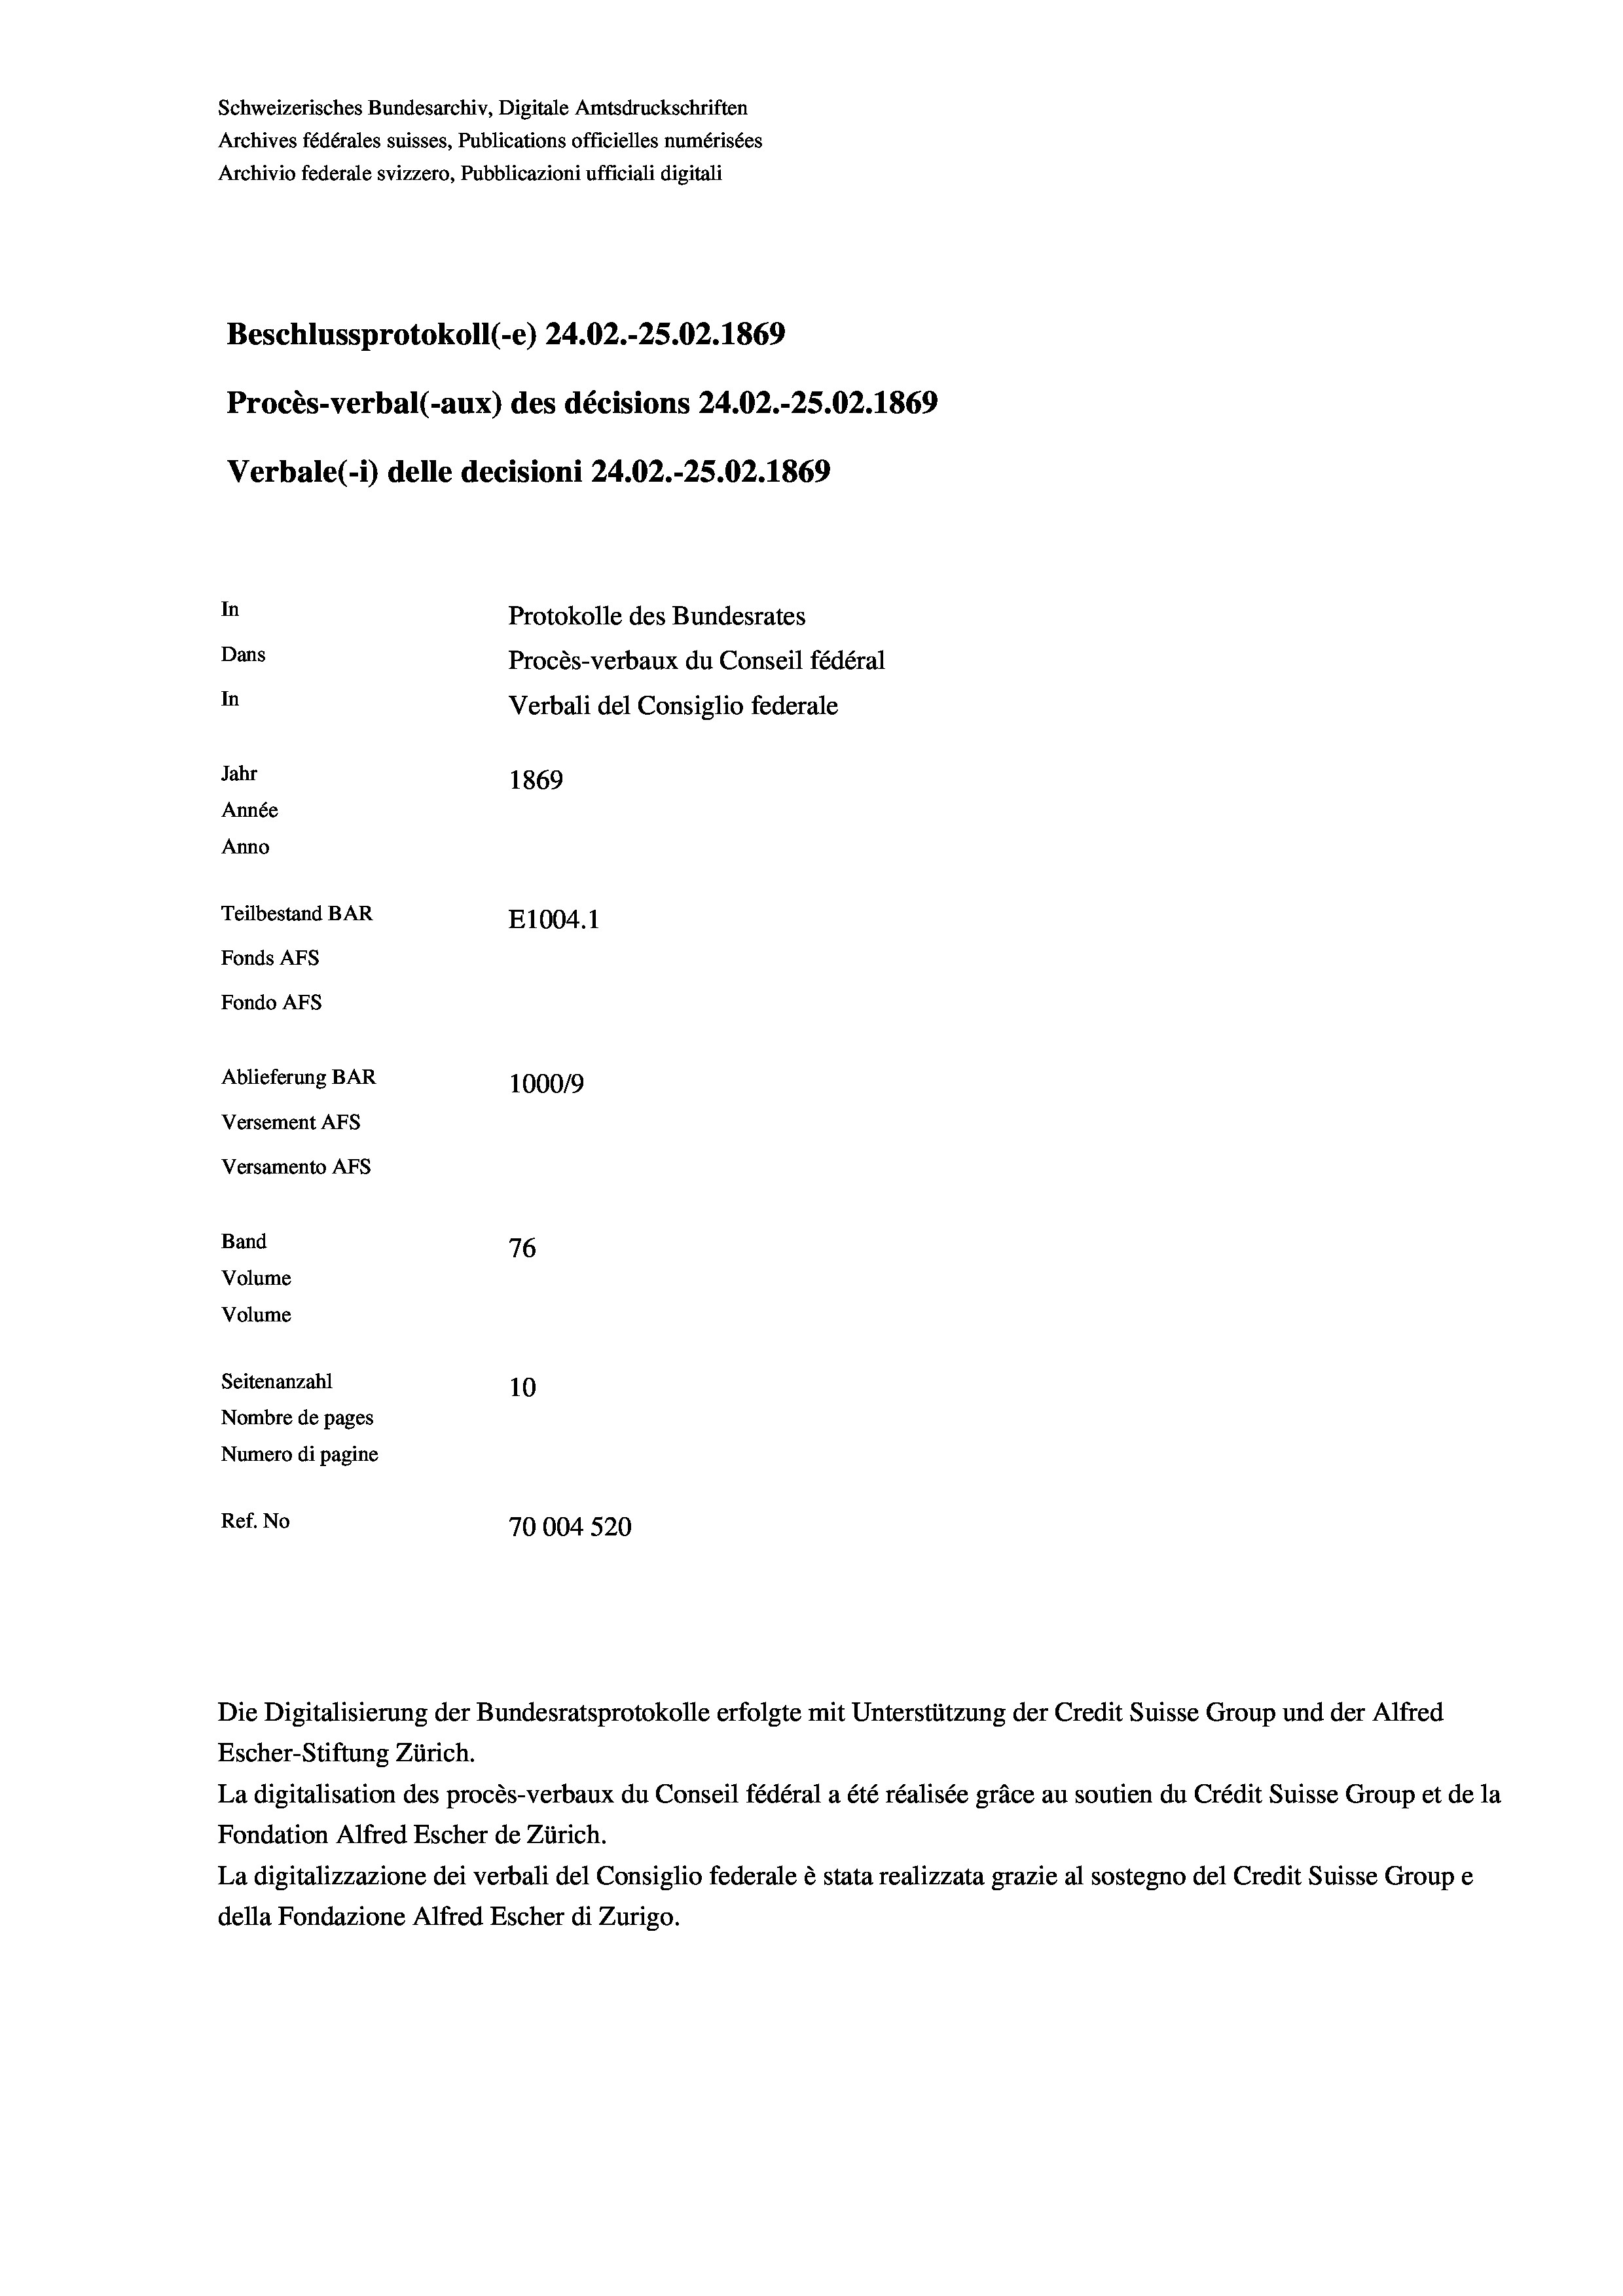
Schweizerisches Bundesarchiv, Digitale Amtsdruckschriften
Archives fédérales suisses, Publications officielles numérisées
Archivio federale svizzero, Pubblicazioni ufficiali digitali
Beschlussprotokoll (-e) 24.02.-25.02. 1869
Procès-verbal (-aux) des décisions 24.02.-25.02. 1869
Verbale (i) delle decisioni 24.02.-25.02. 1869
In
Protokolle des Bundesrates
Dans
Procès-verbaux du Conseil fédéral
In
Verbali del Consiglio federale
Jahr
1869
Année
Anno
Teilbestand BAR
E1004.1
Fonds AFs
Fondo AFS
Ablieferung BAR
100019
Versement AFs
Versamento AFs

76
Seitenanzahl
10
Nombre de pages
Numero di pagine
Ref. No
70004 520

Band
Volume

Volume

Die Digitalisierung der Bundesratsprotokolle erfolgte mit Unterstützung der Credit Suisse Group und der Alfred
Escher-Stiftung Zürich.
La digitalisation des procès-verbaux du Conseil fédéral a été réalisée gräce au soutien du Crédit Suisse Group et de la
Fondation Alfred Escher de Zürich.
La digitalizzazione dei verbali del Consiglio federale è stata realizzata grazie al sostegno del Credit Suisse Groupe
della Fondazione Alfred Escher di Zurigo.